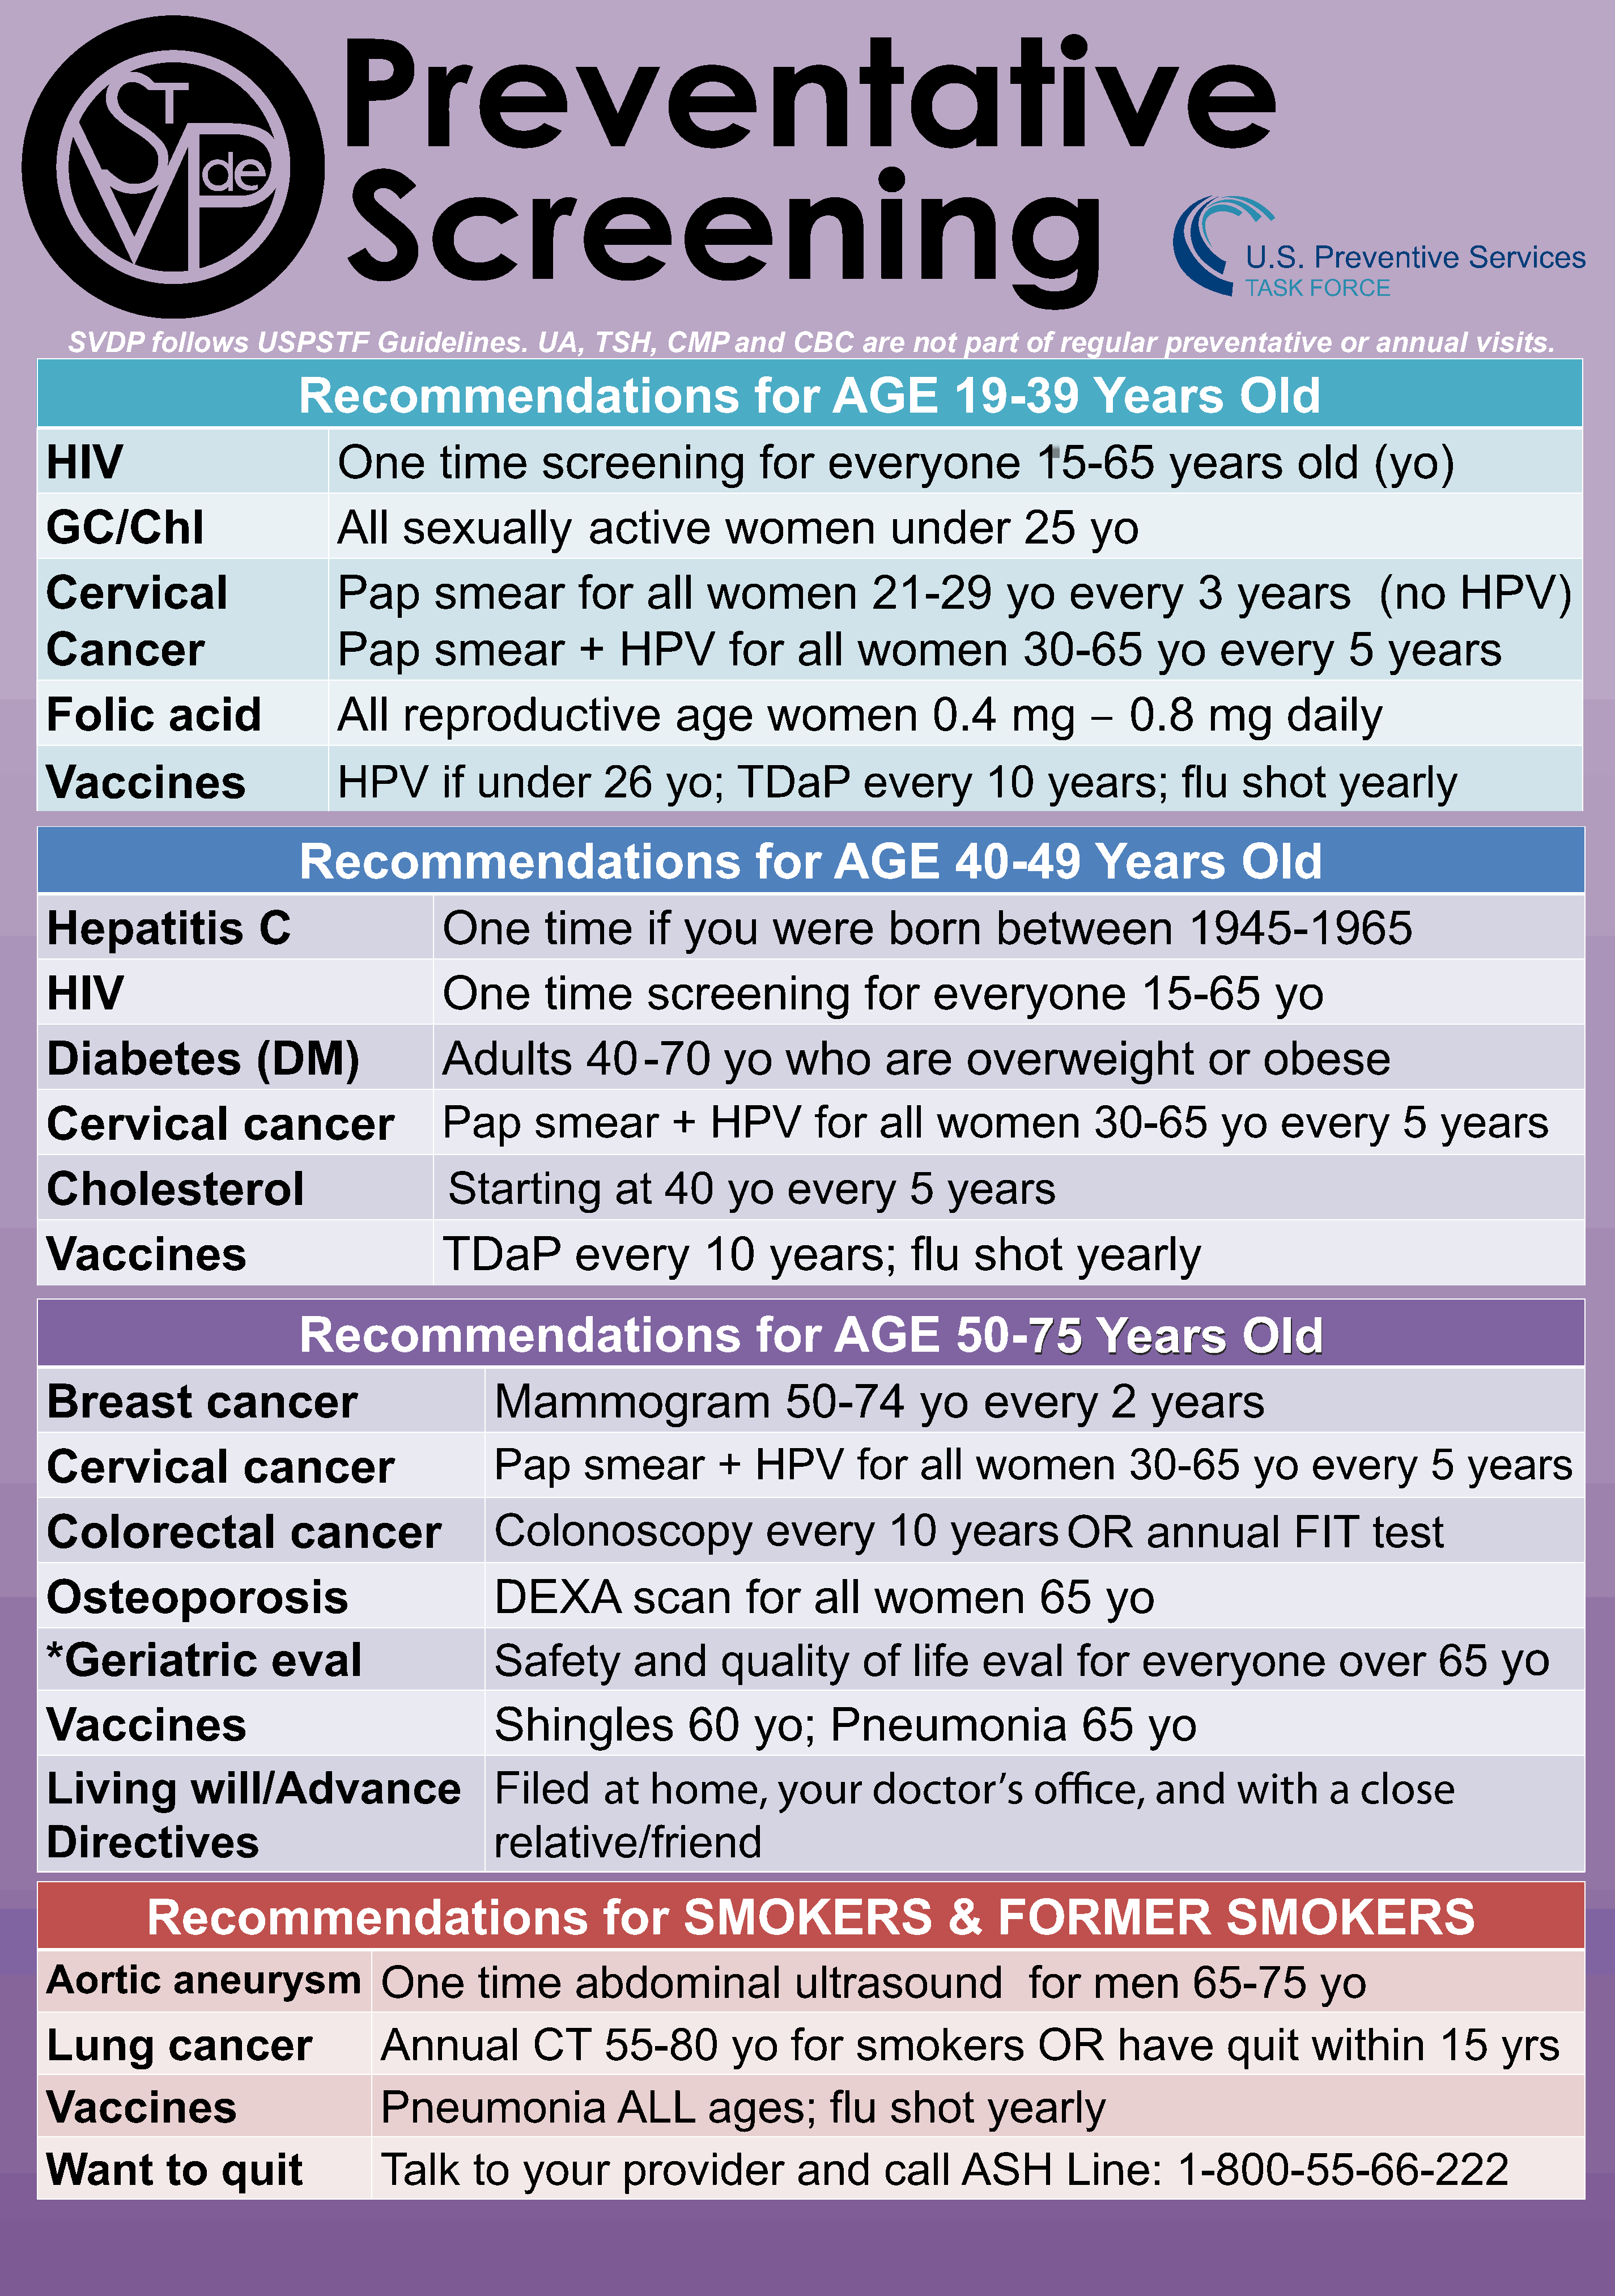
U.S.    Preventive         Services
 TASK    FORCE
 SVDP      follows     USPSTF        Guidelines.        UA,   TSH,     CMP     and    CBC     are   not   part   of  regular     preventative         or  annual     visits.
 Recommendations                                      for      AGE           19-39            Years            Old
 HIV                               One         time        screening                 for     everyone                15-65           years          old     (yo)
 GC/Chl                            All     sexually              active          women              under           25     yo
 Cervical                          Pap         smear            for     all    women              21-29           yo     every          3    years           (no       HPV)
 Cancer                            Pap         smear            +   HPV          for     all    women              30-65           yo     every           5   years
 Folic          acid               All     reproductive                    age        women              0.4      mg       –    0.8      mg       daily
 Vaccines                          HPV          if  under          2 6    yo;     T  DaP         eve     ry    10     years;          flu    shot       yearly
 Recommendations                                      for      AGE            40-49           Years            Old
 Hepatitis                C                     One         time        if  you       were          born        between                1945-1965
 HIV                                            One         time        screening                for     everyone                15-65           yo
 Diabetes                 (DM)                  Adults          40     -70      yo      wh     o   are       ov    erweight              or     ob    ese
 Cervical               cancer                  Pap       smear           +    HPV         for     all   women              30-65          yo     every         5   years
 Cholesterol                                    Starting            at    40     yo     e  very       5    years
 Vaccines                                       TDaP           every          10      years;          flu     shot        yearly
 Recommendations                                      for      AGE            50-7755         YYeeaarrss       OOlldd
 Breast             cancer                            Mammogram                         50-74          yo      every          2   years
 Cervical               cancer                        Pap       smear           +   HPV         for    all    women             30-65         yo     every         5   years
 Colorectal                   cancer                  Colonoscopy                    every          10     yea     rs    OR       annual           FIT      te   st
 Osteoporosis                                         DEXA            scan         for     all    women              65      yo
 *Geriatric                 eval                      Safety          and       quality          of    life    eval       for    ev    eryone           over        65     yo
 Vaccines                                             Shingles              60      yo;      Pneumonia                    65      yo
 Living           will/Advance                        Filed        at   home,          your       doctor’s           o      ce,    and      with       a   close
 Directives                                           relative/friend
 Recommendations                                      for       SMOKERS                        &    FORMER                     SMOKERS
 Aortic         aneurysm                One         time       abdominal                 ultrasound                 for     men        65-75          yo
 Lung           cancer                  Annual            CT       55-80         yo     for     smokers              OR        have        quit      within         15     yrs
 Vaccines                               Pneumonia                   ALL        ages;         flu    shot       yearly
 Want          to     quit              Talk       to    your        provider            and       call     ASH          Line:       1-800-55-66-222